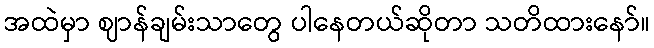
အထဲမှာ ဈာန်ချမ်းသာတွေ ပါနေတယ်ဆိုတာ သတိထားနော်။